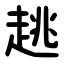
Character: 趒